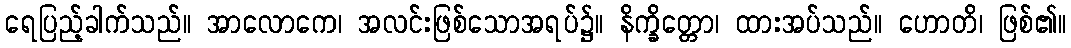
ရေပြည့်ခါက်သည်။ အာလောကေ၊ အလင်းဖြစ်သောအရပ်၌။ နိက္ခိတ္တော၊ ထားအပ်သည်။ ဟောတိ၊ ဖြစ်၏။